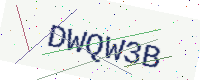
Text: DWQW3B